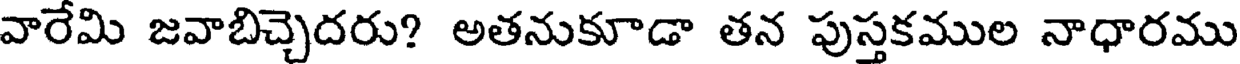
వారేమి జవాబిచ్చెదరు? అతనుకూడా తన పుస్తకముల నాధారము